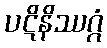
ပဋိနိဿဂ္ဂံ